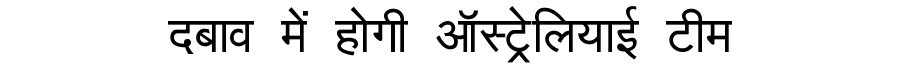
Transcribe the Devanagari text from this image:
दबाव में होगी ऑस्ट्रेलियाई टीम